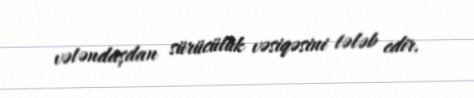
vətəndaşdan sürücülük vəsiqəsini tələb edir.